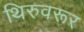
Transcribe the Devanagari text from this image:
थिरुवरूर